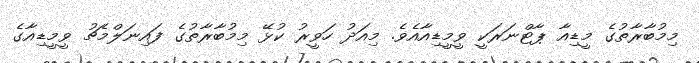
މިމުބާރާތުގެ މީޑިއާ ޕާޓްނަރަކީ ވީމީޑިއާއެވެ. މިއަދު ހަވީރު ކުޅޭ މިމުުބާރާތުގެ ފައިނަލްމެޗު ވީމީޑިއާގެ